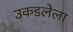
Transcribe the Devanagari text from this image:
उकडलेला